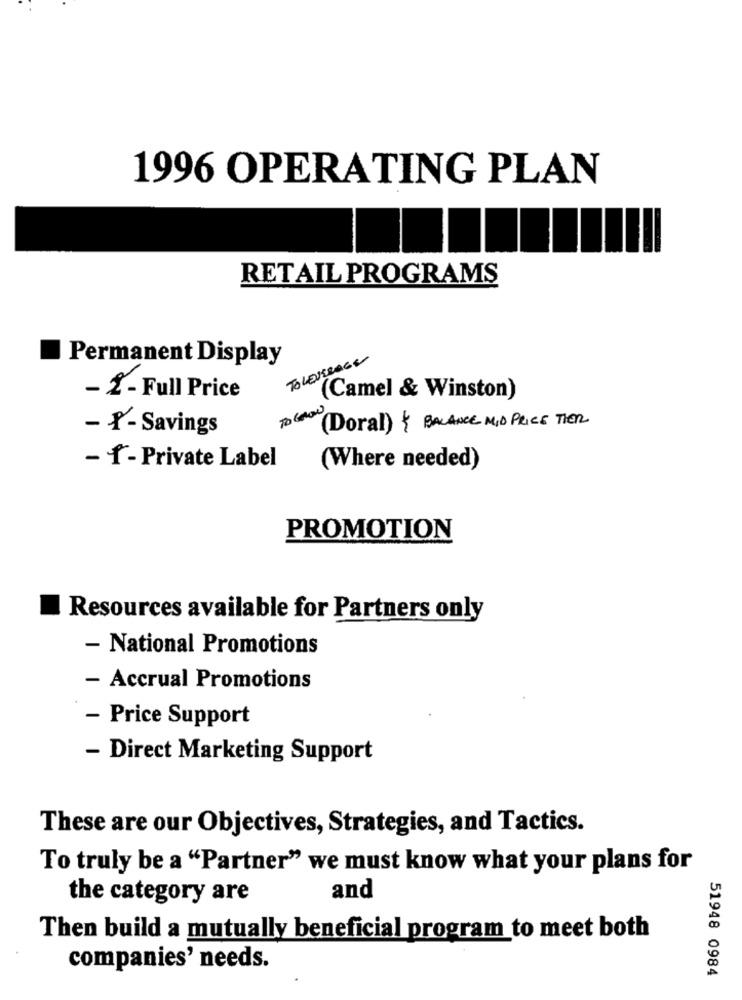
1996 OPERATING PLAN
RETAIL PROGRAMS
Permanent Display
TOLEVERAGE
- 2- Full Price
(Camel & Winston)
TO GROW
- f-Savings
(Doral) { BALANCE MID PRICE THER
- f-Private Label
(Where needed)
PROMOTION
Resources available for Partners only
- National Promotions
- Accrual Promotions
- Price Support
- Direct Marketing Support
These are our Objectives, Strategies, and Tactics.
To truly be a "Partner" we must know what your plans for
the category are
and
Then build a mutually beneficial program to meet both
companies' needs.
51948 0984